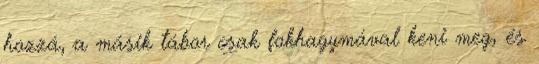
hozzá, a másik tábor csak fokhagymával keni meg, és